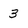
Character: 3